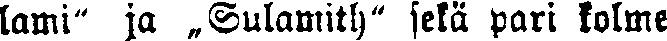
lami" ja „Sulamith" sekä pari kolme